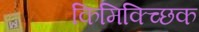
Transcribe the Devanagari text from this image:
किमिक्च्छिक